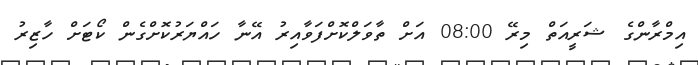
އިމްރާންގެ ޝަރީއަތް މިރޭ 08:00 އަށް ތާވަލްކޮށްފަވާއިރު އޭނާ ހައްޔަރުކޮށްގެން ކޯޓަށް ހާޒިރު